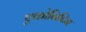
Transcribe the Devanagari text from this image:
एकोनिटिन